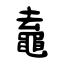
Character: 鼁